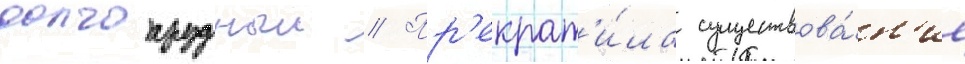
долгопрудныи // Пр'екрат'и́ла существова́н'ие